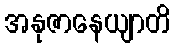
အနုဇာနေယျာတိ